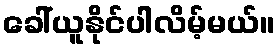
ခေါ်ယူနိုင်ပါလိမ့်မယ်။